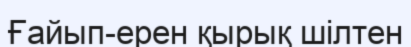
Ғайып-ерен қырық шілтен